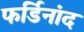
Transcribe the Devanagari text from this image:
फर्डिनांद